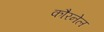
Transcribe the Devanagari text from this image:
कौरनेल